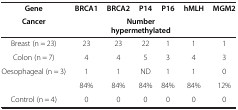
| Gene | BRCA1 | BRCA2 | P14 | P16 | hMLH | MGM2 |
 | Cancer |  | <COLSPAN=3> Number hypermethylated |  |  |
 | --- | --- | --- | --- | --- | --- | --- |
 | Breast (n = 23) | 23 | 23 | 22 | 1 | 1 | 1 |
 | Colon (n = 7) | 4 | 4 | 5 | 3 | 4 | 3 |
 | Oesophageal (n = 3) | 1 | 1 | ND | 1 | 1 | 0 |
 |  | 84% | 84% | 84% | 84% | 84% | 12% |
 | Control (n = 4) | 0 | 0 | 0 | 0 | 0 | 0 |